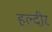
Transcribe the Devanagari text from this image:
हल्दीर